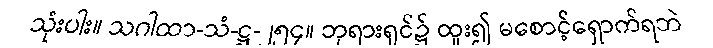
သုံးပါး။ သဂါထာ-သံ-ဋ္ဌ-၂၅၄။ ဘုရားရှင်၌ ထူး၍ မစောင့်ရှောက်ရဘဲ